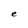
Character: e